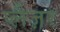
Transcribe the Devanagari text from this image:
प्लैज़र